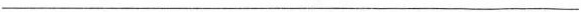
___